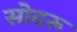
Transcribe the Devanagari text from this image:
सोदरू